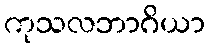
ကုသလဘာဂိယာ